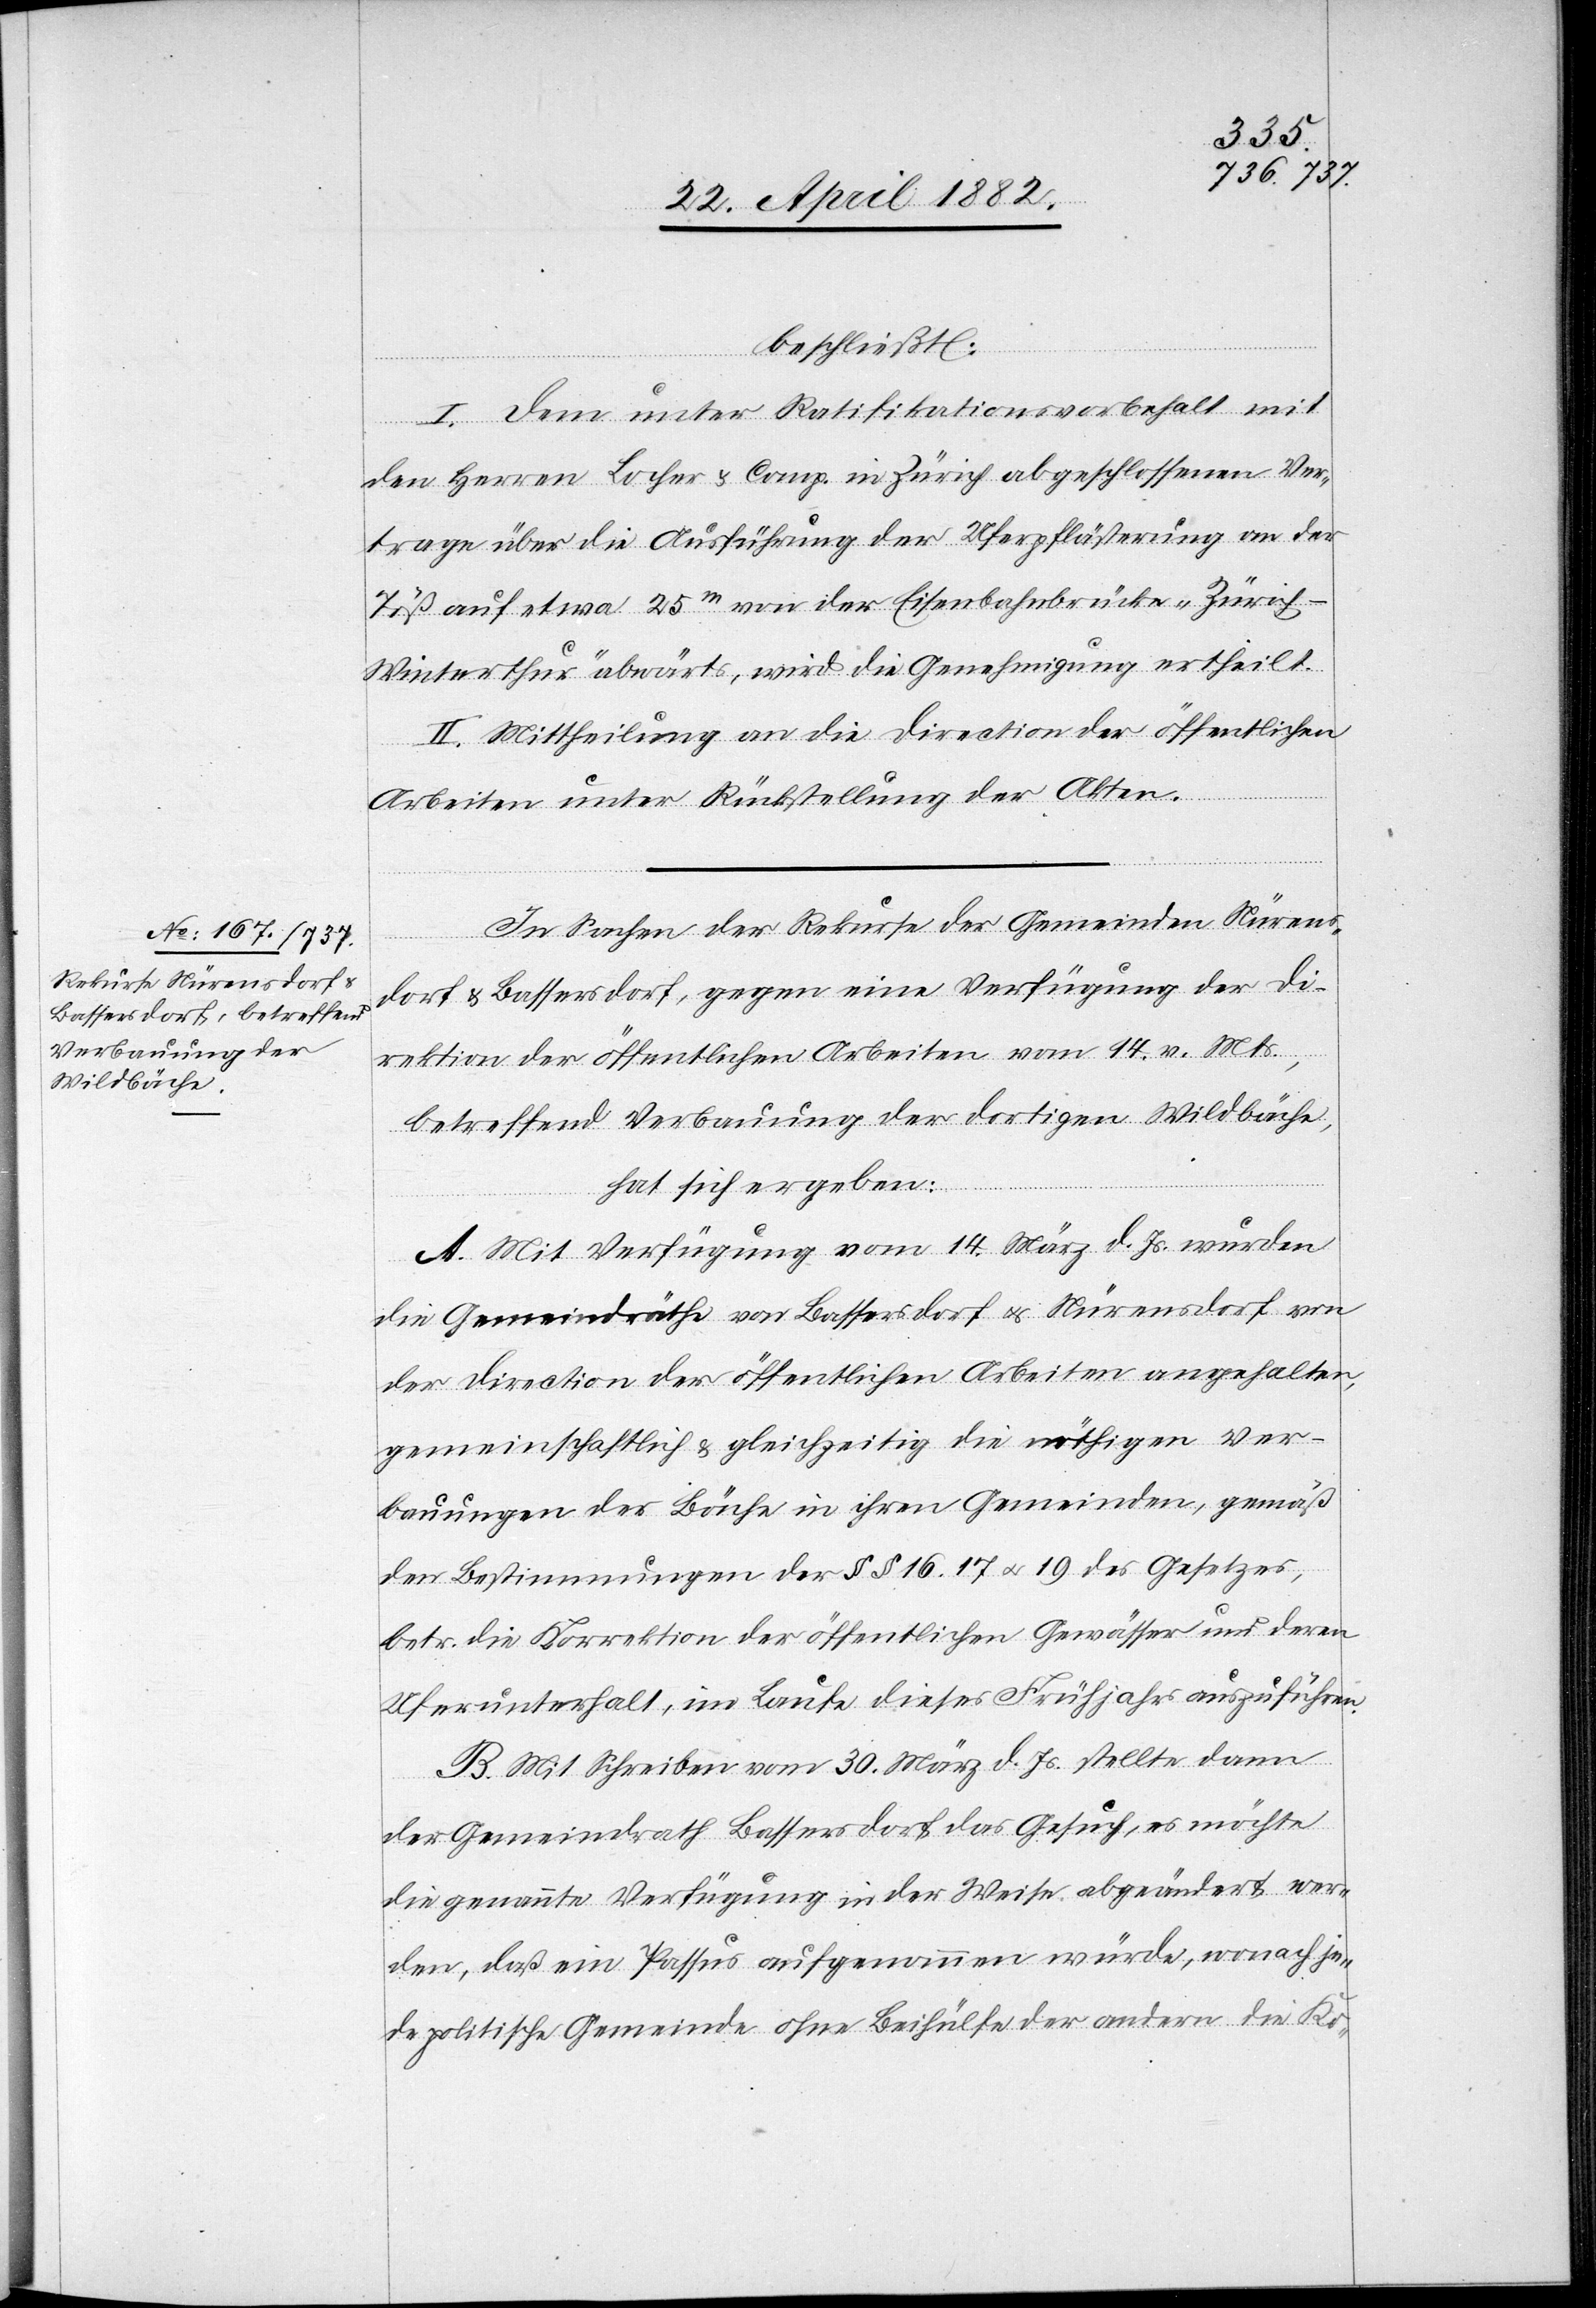
beschließt:
I. Dem unter Ratifikationsvorbehalt mit
den Herren Locher u. Comp. in Zürich abgeschlossenen Ver¬
trage über die Ausführung der Uferpflästerung an der
Töß auf etwa 25m von der Eisenbahnbrücke „Zürich–W¬
interthur“ abwärts, wird die Genehmigung ertheilt.
II. Mittheilung an die Direction der öffentlichen
Arbeiten unter Rückstellung der Akten.
In Sachen der Rekurse der Gemeinden Nürens¬
dorf & Bassersdorf, gegen eine Verfügung der Di¬
rection der öffentlichen Arbeiten vom 14. v. Mts.,
betreffend Verbauung der dortigen Wildbäche,
hat sich ergeben:
A. Mit Verfügung vom 14. März d. Js. wurden
die Gemeindräthe von Bassersdorf & Nürensdorf von
der Direction der öffentlichen Arbeiten angehalten,
gemeinschaftlich & gleichzeitig die nöthigen Ver¬
bauungen der Bäche in ihren Gemeinden, gemäß
den Bestimmungen der §§ 16, 17 & 19 des Gesetzes,
betr. die Korrektion der öffentlichen Gewässer und deren
Unterhalt, im Laufe dieses Frühjahres auszuführen.
B. Mit Schreiben vom 30. März l. Js. stellt dann
der Gemeindrath Bassersdorf das Gesuch, es möchte
die genannte Verfügung in der Weise abgeändert wer¬
den, daß ein Passus aufgenommen würde, wonach je¬
de politische Gemeinde ohne Beihülfe der andern die Ko-